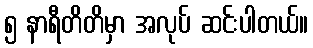
၅ နာရီတိတိမှာ အလုပ် ဆင်းပါတယ်။